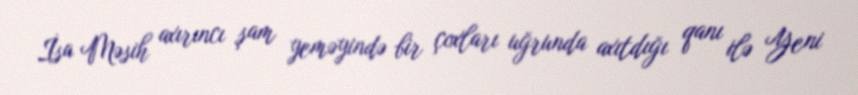
İsa Məsih axırıncı şam yeməyində bir çoxları uğrunda axıtdığı qanı ilə Yeni